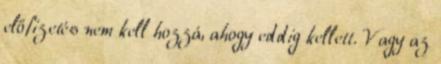
előfizetés nem kell hozzá, ahogy eddig kellett. Vagy az